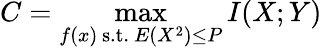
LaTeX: C=\operatorname*{max}_{f(x){\mathrm{~s.t.~}}E\left(X^{2}\right)\leq P}I(X;Y)\,